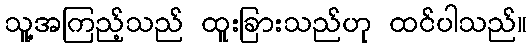
သူ့အကြည့်သည် ထူးခြားသည်ဟု ထင်ပါသည်။